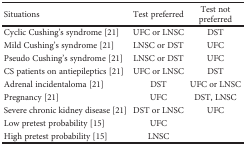
| Situations | Test preferred | Test not preferred |
 | --- | --- | --- |
 | Cyclic Cushing's syndrome [21] | UFC or LNSC | DST |
 | Mild Cushing's syndrome [21] | LNSC or DST | UFC |
 | Pseudo Cushing's syndrome [21] | LNSC or DST | UFC |
 | CS patients on antiepileptics [21] | UFC or LNSC | DST |
 | Adrenal incidentaloma [21] | DST | UFC or LNSC |
 | Pregnancy [21] | UFC | DST, LNSC |
 | Severe chronic kidney disease [21] | DST or LNSC | UFC |
 | Low pretest probability [15] | UFC |  |
 | High pretest probability [15] | LNSC |  |